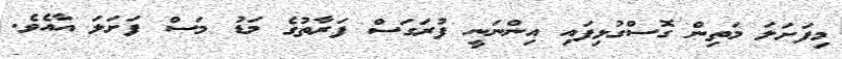
މިފަށަލަ މަތިން ގޮސްގުޅިފައި އިންނަނީ ފުރަގަސް ފަރާތުގެ މަޑު މަސް ފަށަލަ އާއެވެ.